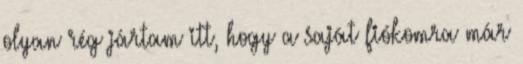
olyan rég jártam itt, hogy a saját fiókomra már